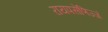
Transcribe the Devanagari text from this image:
रायपसेणिज्जं